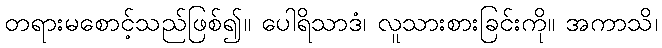
တရားမစောင့်သည်ဖြစ်၍။ ပေါရိသာဒံ၊ လူသားစားခြင်းကို။ အကာသိ၊